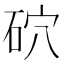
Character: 𥑫